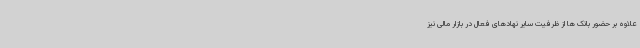
علاوه بر حضور بانک ها از ظرفیت سایر نهادهای فعال در بازار مالی نیز